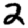
Digit: 2